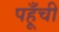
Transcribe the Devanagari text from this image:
पहूँची